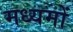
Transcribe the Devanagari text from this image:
मध्यमों